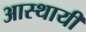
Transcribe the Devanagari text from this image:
आस्थायी